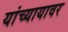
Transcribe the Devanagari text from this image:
यांच्यायावर